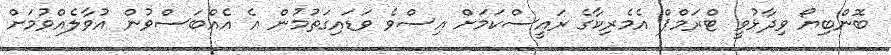
ބޮންބިޔޯ ވިދާޅުވީ ޓްރަމްޕް އެމެރިކާގެ ރައީސްކަމަށް އިސްވެ ވަޑައިގަތުމުން އެ އެއްބަސްވުން އުވާލެއްވުމަށް